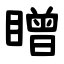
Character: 䁬